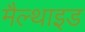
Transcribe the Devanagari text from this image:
मैल्थाइड